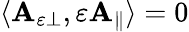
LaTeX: \begin{array}{r}{\langle\mathbf{A}_{\varepsilon\perp},\varepsilon\mathbf{A}_{\parallel}\rangle=0}\end{array}